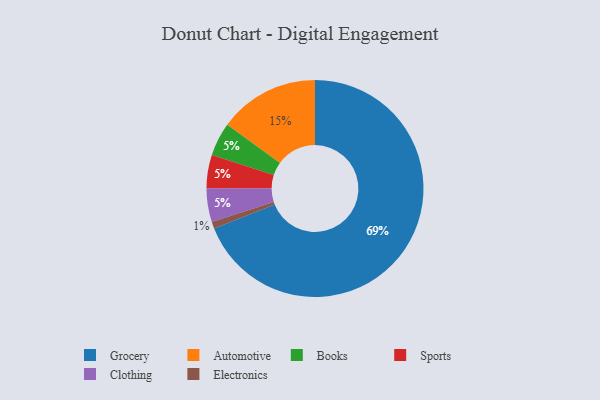
{"axis": {"x": "Category", "y": "Percentage"}, "legend": ["Automotive", "Books", "Clothing", "Electronics", "Grocery", "Sports"], "data": [{"x": "Automotive", "y": 15, "type": "Automotive"}, {"x": "Books", "y": 5, "type": "Books"}, {"x": "Sports", "y": 5, "type": "Sports"}, {"x": "Clothing", "y": 5, "type": "Clothing"}, {"x": "Electronics", "y": 1, "type": "Electronics"}, {"x": "Grocery", "y": 69, "type": "Grocery"}]}